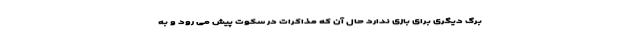
برگ دیگری برای بازی ندارد حال آن که مذاکرات در سکوت پیش می رود و به